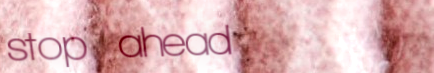
stop ahead